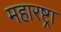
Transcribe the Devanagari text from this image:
महारष्ट्रा